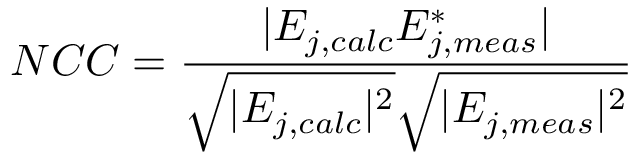
N C C = \frac { | E _ { j , c a l c } E _ { j , m e a s } ^ { * } | } { \sqrt { | E _ { j , c a l c } | ^ { 2 } } \sqrt { | E _ { j , m e a s } | ^ { 2 } } }